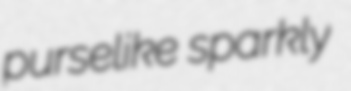
purselike sparkly